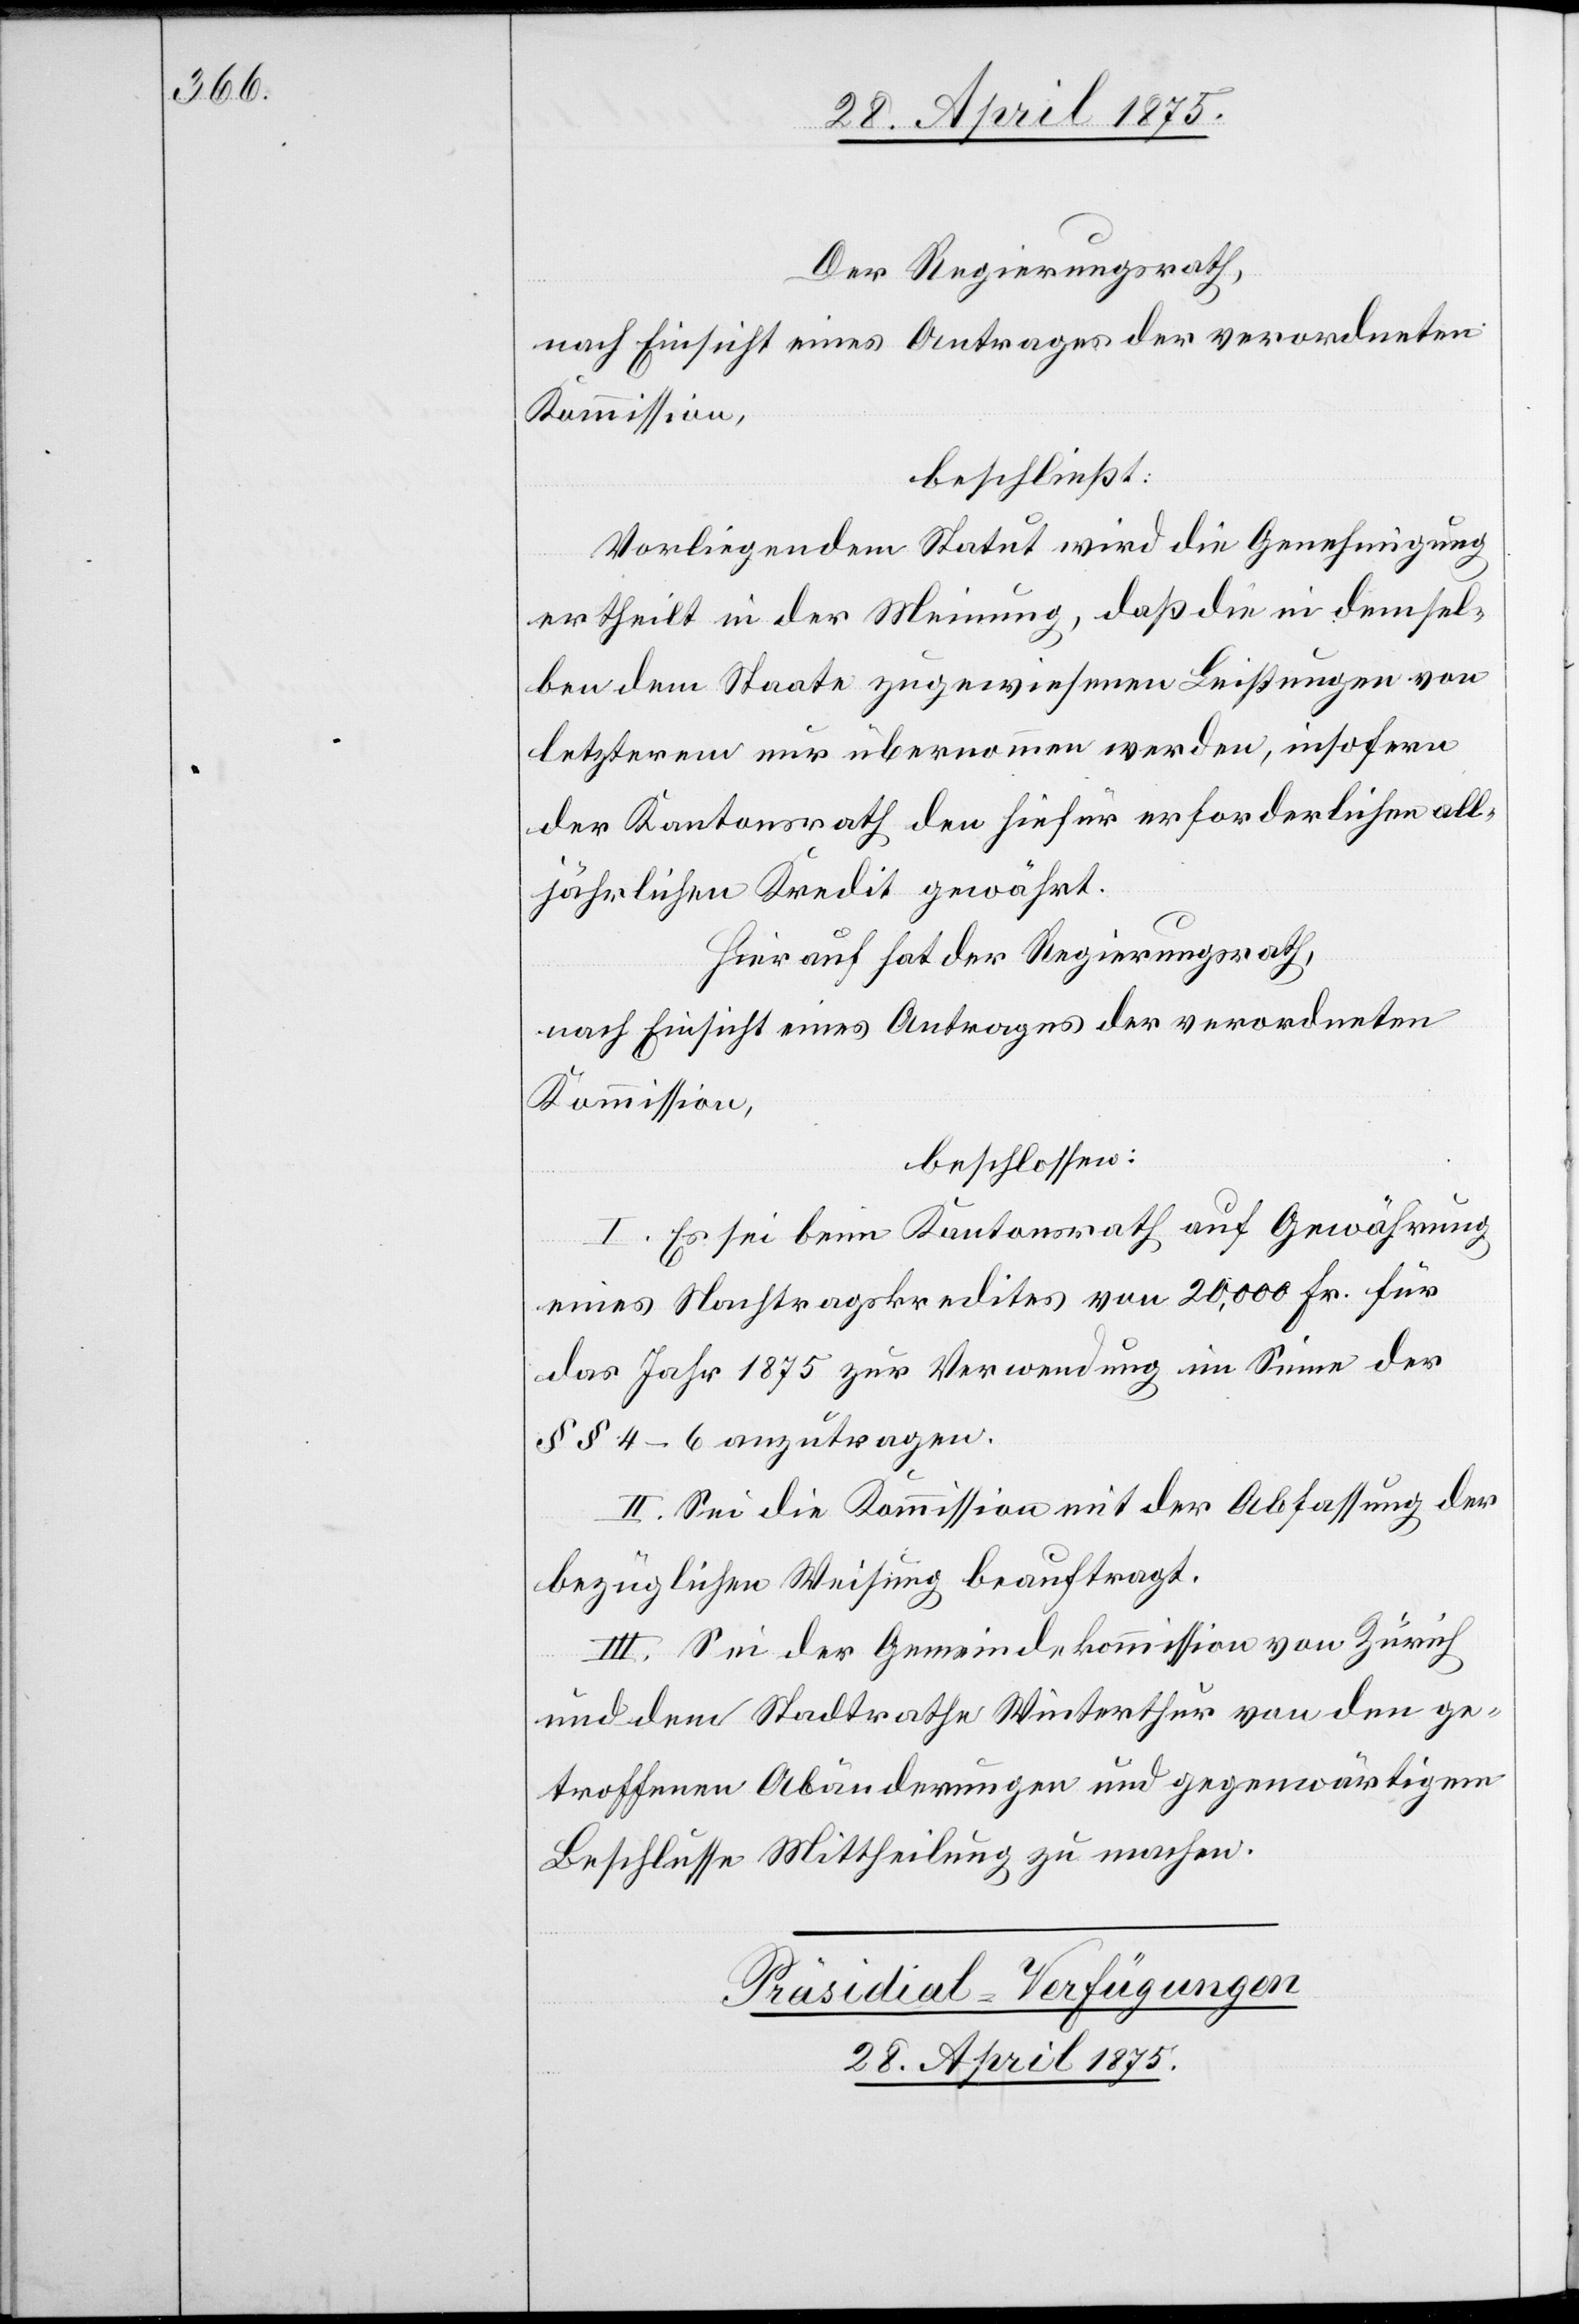
Der Regierungsrath,
nach Einsicht eines Antrages der verordneten
Kommission,
beschließt:
Vorliegendem Statut wird die Genehmigung
ertheilt in der Meinung, daß die in demsel¬
ben dem Staate zugewiesenen Leistungen von
letzterem nur übernommen werden, insofern
der Kantonsrath den hiefür erforderlichen all¬
jährlichen Kredit gewährt.
Hierauf hat der Regierungsrath,
nach Einsicht eines Antrages der verordneten
Kommission,
beschlossen:
I. Es sei beim Kantonsrath auf Gewährung
eines Nachtragskredites von 20,000 Fr. für
das Jahr 1875 zur Verwendung im Sinne der
§§ 4–6 anzutragen.
II. Sei die Kommission mit der Abfassung der
bezüglichen Weisung beauftragt.
III. Sei der Gemeindekommission von Zürich
und dem Stadtrathe Winterthur von den ge¬
troffenen Abänderungen und gegenwärtigem
Beschlusse Mittheilung zu machen.
Präsidial-Verfügungen
28. April 1875.